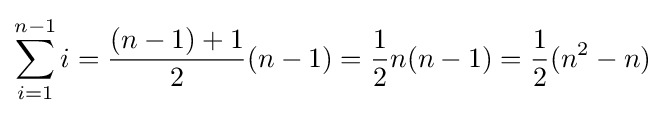
\sum _{i=1}^{n-1}i={\frac {(n-1)+1}{2}}(n-1)={\frac {1}{2}}n(n-1)={\frac {1}{2}}(n^{2}-n)